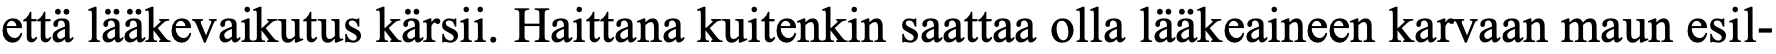
että lääkevaikutus kärsii. Haittana kuitenkin saattaa olla lääkeaineen karvaan maun esil-